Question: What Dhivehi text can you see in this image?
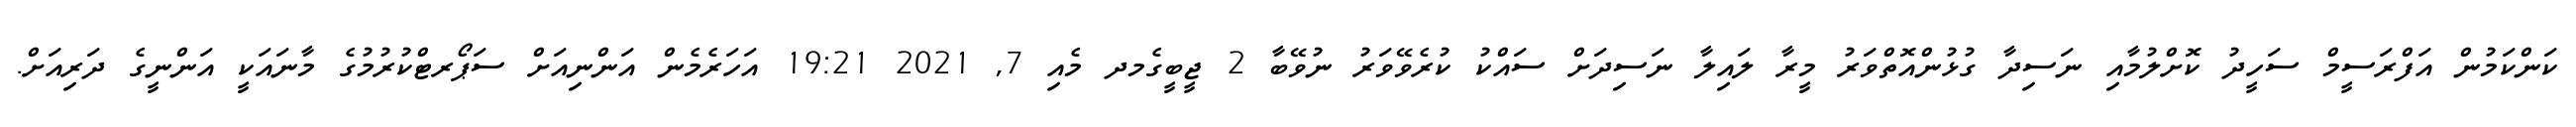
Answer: ކަންކަމުން އަފްރަސީމް ސަހީދު ކޮށްލުމާއި ނަސިދާ ގުޅުންއޮތްވަރު މީރާ ލައިލާ ނަސިދަށް ސައްކު ކުރެވޭވަރު ނުވޭބާ 2 ޖީބީގެމދ މެއި 7, 2021 19:21 އަހަރެމެން އަންނިއަށް ސަޕޯރޓްކުރުމުގެ މާނައަކީ އަންނީގެ ދަރިއަށް.